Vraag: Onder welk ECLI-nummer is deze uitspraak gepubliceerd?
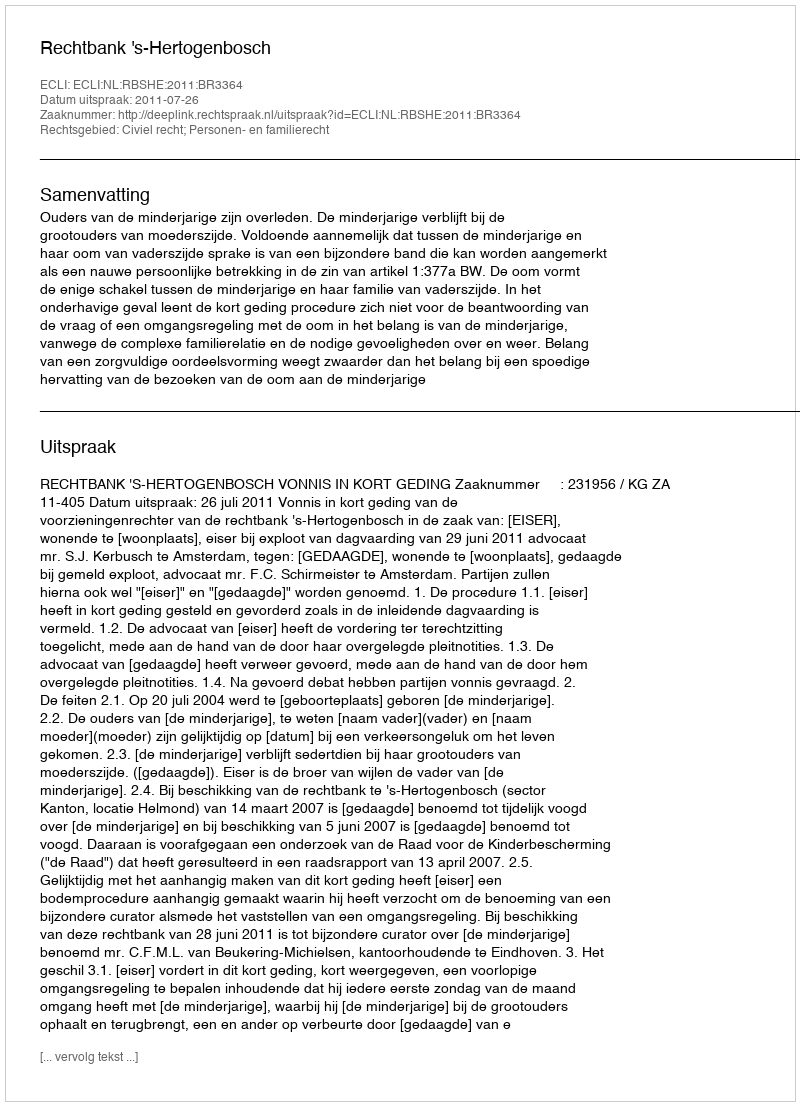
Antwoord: ECLI:NL:RBSHE:2011:BR3364